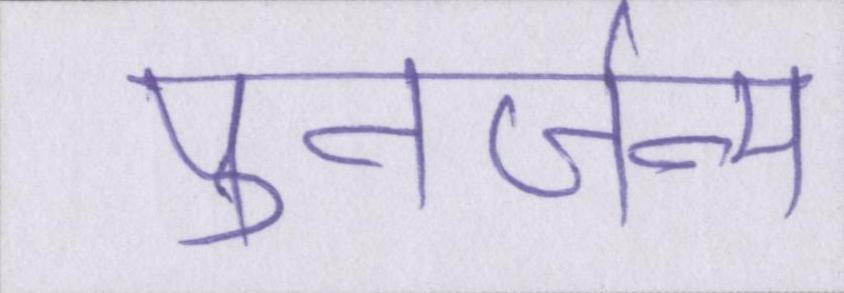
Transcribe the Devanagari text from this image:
पुनर्जन्म